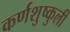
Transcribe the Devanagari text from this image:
कर्णशुष्कुली